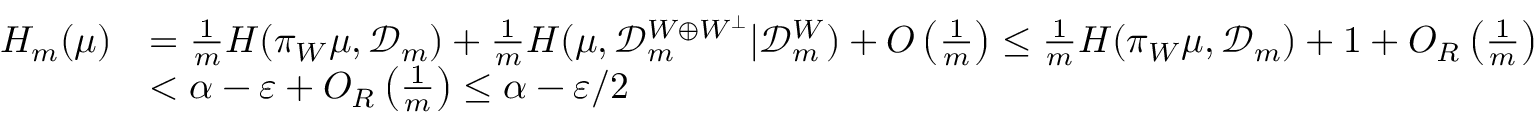
\begin{array} { r l } { H _ { m } ( \mu ) } & { = \frac { 1 } { m } H ( \pi _ { W } \mu , { \mathcal D } _ { m } ) + \frac { 1 } { m } H ( \mu , { \mathcal D } _ { m } ^ { W \oplus W ^ { \perp } } | { \mathcal D } _ { m } ^ { W } ) + O \left( \frac { 1 } { m } \right) \leq \frac { 1 } { m } H ( \pi _ { W } \mu , { \mathcal D } _ { m } ) + 1 + O _ { R } \left( \frac { 1 } { m } \right) } \\ & { < \alpha - \varepsilon + O _ { R } \left( \frac { 1 } { m } \right) \leq \alpha - \varepsilon / 2 } \end{array}